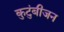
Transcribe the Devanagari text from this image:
कुटुंबीजन